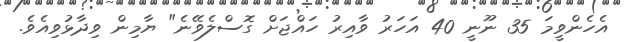
އެހެންވީމަ 35 ނޫނީ 40 އަހަރު ވާއިރު ހައްޖަށް ގޮސްލެވޭނެ" ޔާމިން ވިދާޅުވިއެވެ.